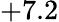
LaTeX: +7.2